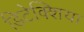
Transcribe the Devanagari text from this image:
डिटेक्शिया